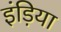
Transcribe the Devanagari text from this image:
इंड़िया